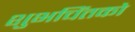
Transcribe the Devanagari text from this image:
शुभचिंतको